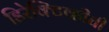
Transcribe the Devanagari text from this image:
डिरेक्टिव्हीची